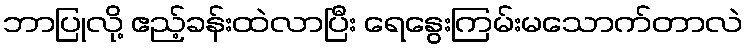
ဘာပြုလို့ ဧည့်ခန်းထဲလာပြီး ရေနွေးကြမ်းမသောက်တာလဲ